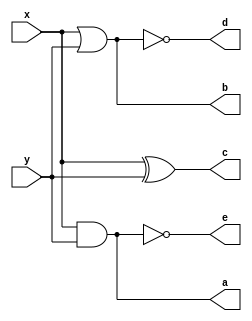
`timescale 1ns / 1ps
//////////////////////////////////////////////////////////////////////////////////
// Company: 
// Engineer: 
// 
// Design Name: 
// Module Name: logic_gate
// Project Name: 
// Target Devices: 
// Tool Versions: 
// Description: 
// 
// Dependencies: 
// 
// Revision:
// Revision 0.01 - File Created
// Additional Comments:
// 
//////////////////////////////////////////////////////////////////////////////////


module gate(x,y,a,b,c,d,e);

input x, y;
output a, b, c, d, e;

wire a, b, c, d, e;

//and gate
assign a = x & y;
//or gate
assign b = x | y;
//xor gate
assign c = x ^ y;
//nor gate
assign d = ~(x | y);
//nand gate
assign e = ~(x & y);


endmodule